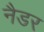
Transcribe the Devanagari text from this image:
नैडर